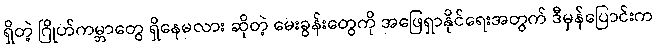
ရှိတဲ့ ဂြိုဟ်ကမ္ဘာတွေ ရှိနေမလား ဆိုတဲ့ မေးခွန်းတွေကို အဖြေရှာနိုင်ရေးအတွက် ဒီမှန်ပြောင်းက